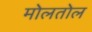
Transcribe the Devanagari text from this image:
मोलतोल